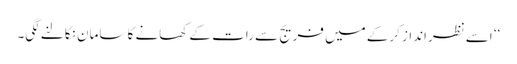
‘‘ اسے نظرانداز کرکے میں فریج سے رات کے کھانے کا سامان نکالنے لگی۔